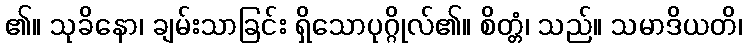
၏။ သုခိနော၊ ချမ်းသာခြင်း ရှိသောပုဂ္ဂိုလ်၏။ စိတ္တံ၊ သည်။ သမာဒိယတိ၊